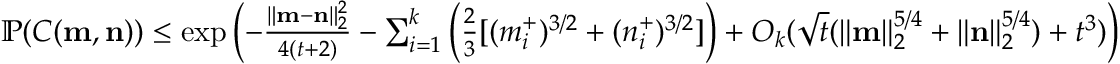
\begin{array} { r } { \mathbb { P } ( C ( \mathbf { m } , \mathbf { n } ) ) \le \exp \left( - \frac { \| \mathbf { m } - \mathbf { n } \| _ { 2 } ^ { 2 } } { 4 ( t + 2 ) } - \sum _ { i = 1 } ^ { k } \left( \frac { 2 } { 3 } [ ( m _ { i } ^ { + } ) ^ { 3 / 2 } + ( n _ { i } ^ { + } ) ^ { 3 / 2 } ] \right) + O _ { k } ( \sqrt { t } ( \| \mathbf { m } \| _ { 2 } ^ { 5 / 4 } + \| \mathbf { n } \| _ { 2 } ^ { 5 / 4 } ) + t ^ { 3 } ) \right) } \end{array}